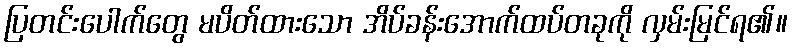
ပြတင်းပေါက်တွေ မပိတ်ထားသော အိပ်ခန်းအောက်ထပ်တခုကို လှမ်းမြင်ရ၏။